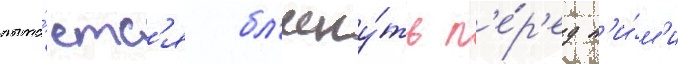
пыта́етс'я бл'есну́ть п'е́р'ед н'и́м'и